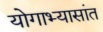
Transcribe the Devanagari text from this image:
योगाभ्यासांत